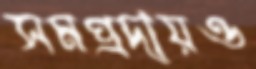
সমপ্রদায়ও